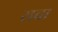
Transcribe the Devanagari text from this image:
राचा